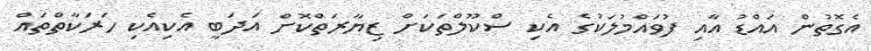
އެގޮތުން އައްޑު އާއި ފުވައްމުލަކުގެ އެކި ސްކޫލްތަކަށް ޒިޔާރަތްކޮށް އަދަބީ އެކިއެކި ހަރަކާތްތައް